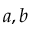
a , b